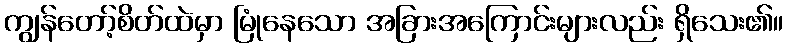
ကျွန်တော့်စိတ်ထဲမှာ မြုံနေသော အခြားအကြောင်းများလည်း ရှိသေး၏။